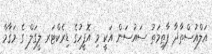
އަލްއުސްތާޛާ ފާޠިމަތު ސައުސަން އަކީ މި އޮފީހުގެ ޑިރެކްޓަރ ލީގަލް ގެ މަޤާމް